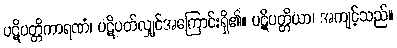
ပဋိပတ္တိကာရဏံ၊ ပဋိပတ်လျှင်အကြောင်းရှိ၏။ ပဋိပတ္တိယာ၊ အကျင့်သည်။